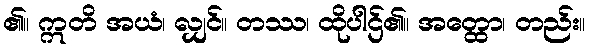
၏။ ဣတိ အယံ၊ လျှင်။ တဿ၊ ထိုပါဌ်၏။ အတ္ထော၊ တည်း။